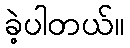
ခဲ့ပါတယ်။